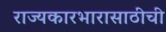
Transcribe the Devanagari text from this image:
राज्यकारभारासाठीची